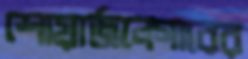
শোয়ার্জনেগারের